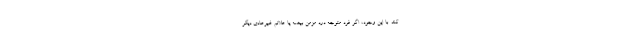
کند. با این وجود، اگر فرد متوجه درد مزمن بیضه یا علائم غیرعادی دیگر